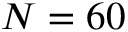
N = 6 0